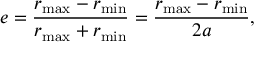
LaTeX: e = { \frac { r _ { \mathrm { m a x } } - r _ { \mathrm { m i n } } } { r _ { \mathrm { m a x } } + r _ { \mathrm { m i n } } } } = { \frac { r _ { \mathrm { m a x } } - r _ { \mathrm { m i n } } } { 2 a } } ,